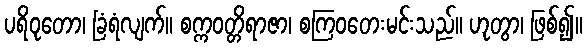
ပရိဝုတော၊ ခြံရံလျက်။ စက္ကဝတ္တိရာဇာ၊ စကြဝတေးမင်းသည်။ ဟုတွာ၊ ဖြစ်၍။